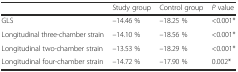
<table><thead><tr><td>[EMPTY_CELL]</td><td><b>Study group</b></td><td><b>Control group</b></td><td><b><i>P</i> value</b></td></tr></thead><tbody><tr><td>GLS</td><td>–14.46 %</td><td>–18.25 %</td><td>&lt;0.001*</td></tr><tr><td>Longitudinal three-chamber strain</td><td>–14.10 %</td><td>–18.56 %</td><td>&lt;0.001*</td></tr><tr><td>Longitudinal two-chamber strain</td><td>–13.53 %</td><td>–18.29 %</td><td>&lt;0.001*</td></tr><tr><td>Longitudinal four-chamber strain</td><td>–14.72 %</td><td>–17.90 %</td><td>0.002*</td></tr></tbody></table>